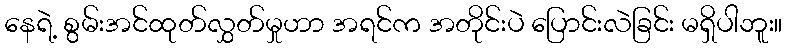
နေရဲ့ စွမ်းအင်ထုတ်လွှတ်မှုဟာ အရင်က အတိုင်းပဲ ပြောင်းလဲခြင်း မရှိပါဘူး။